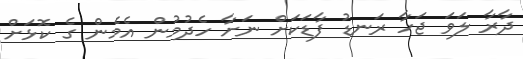
ދާރާ ލަވަ ޖަހާ ރަނޑު ފާޑަކަށް ނަށާ ހެދުމުން އެމެން ގެ ކޮޅަށް